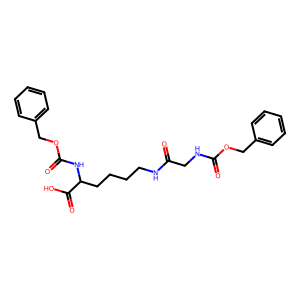
SMILES: O=C(CNC(=O)OCc1ccccc1)NCCCCC(NC(=O)OCc1ccccc1)C(=O)O
Inhibits HIV replication: No